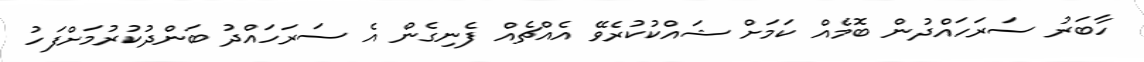
ހާބަރު ސަރަހައްދުން ބޮމެއް ކަމަށް ޝައްކުކުރެވޭ އެއްޗެއް ފެނިގެން އެ ސަރަހައްދު ބަންދުކުރުމަށްފަހު